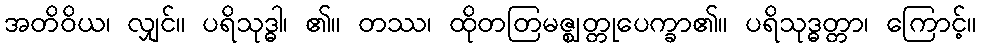
အတိဝိယ၊ လျှင်။ ပရိသုဒ္ဓါ၊ ၏။ တဿ၊ ထိုတတြမဇ္ဈတ္တုပေက္ခာ၏။ ပရိသုဒ္ဓတ္တာ၊ ကြောင့်။